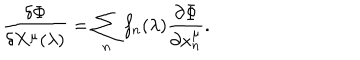
{ \frac { \delta \Phi } { \delta X ^ { \mu } ( \lambda ) } } = \sum _ { n } f _ { n } ( \lambda ) { \frac { \partial \Phi } { \partial x _ { n } ^ { \mu } } } .